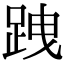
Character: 跩